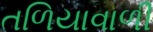
તળિયાવાળી